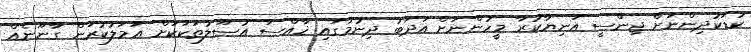
ކުޑަކުދިންނަށް ޖިންސީ އަނިޔާކުރާ މީހުންނަށް އަދަބު ދިނުމުގައި ޚާއްސަ އުސޫލުތަކަކަށް އަމަލުކުރަން ގާނޫނެއް